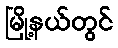
မြို့နယ်တွင်